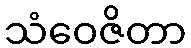
သံဝေဇိတာ